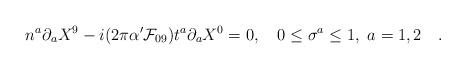
LaTeX: \begin{align*}n^a \partial_a X^9 - i(2\pi\alpha^{\prime} {\cal{F}}_{09} ) t^a \partial_aX^0 = 0, \quad 0 \le \sigma^a \le 1, ~ a=1,2 \quad .\end{align*}